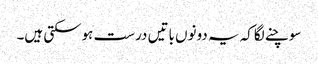
سوچنے لگاکہ یہ دونوں باتیں درست ہوسکتی ہیں۔